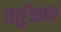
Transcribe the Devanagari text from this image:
वर्तुळांत